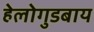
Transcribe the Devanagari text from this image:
हेलोगुडबाय